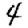
Digit: 4